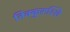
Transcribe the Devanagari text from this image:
तिक्कुरुश्शि